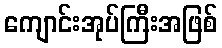
ကျောင်းအုပ်ကြီးအဖြစ်